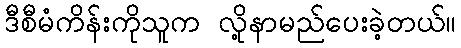
ဒီစီမံကိန်းကိုသူက လို့နာမည်ပေးခဲ့တယ်။